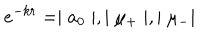
e ^ { - k r } = \mid a _ { 0 } \mid , \mid \mu _ { + } \mid , \mid \mu _ { - } \mid